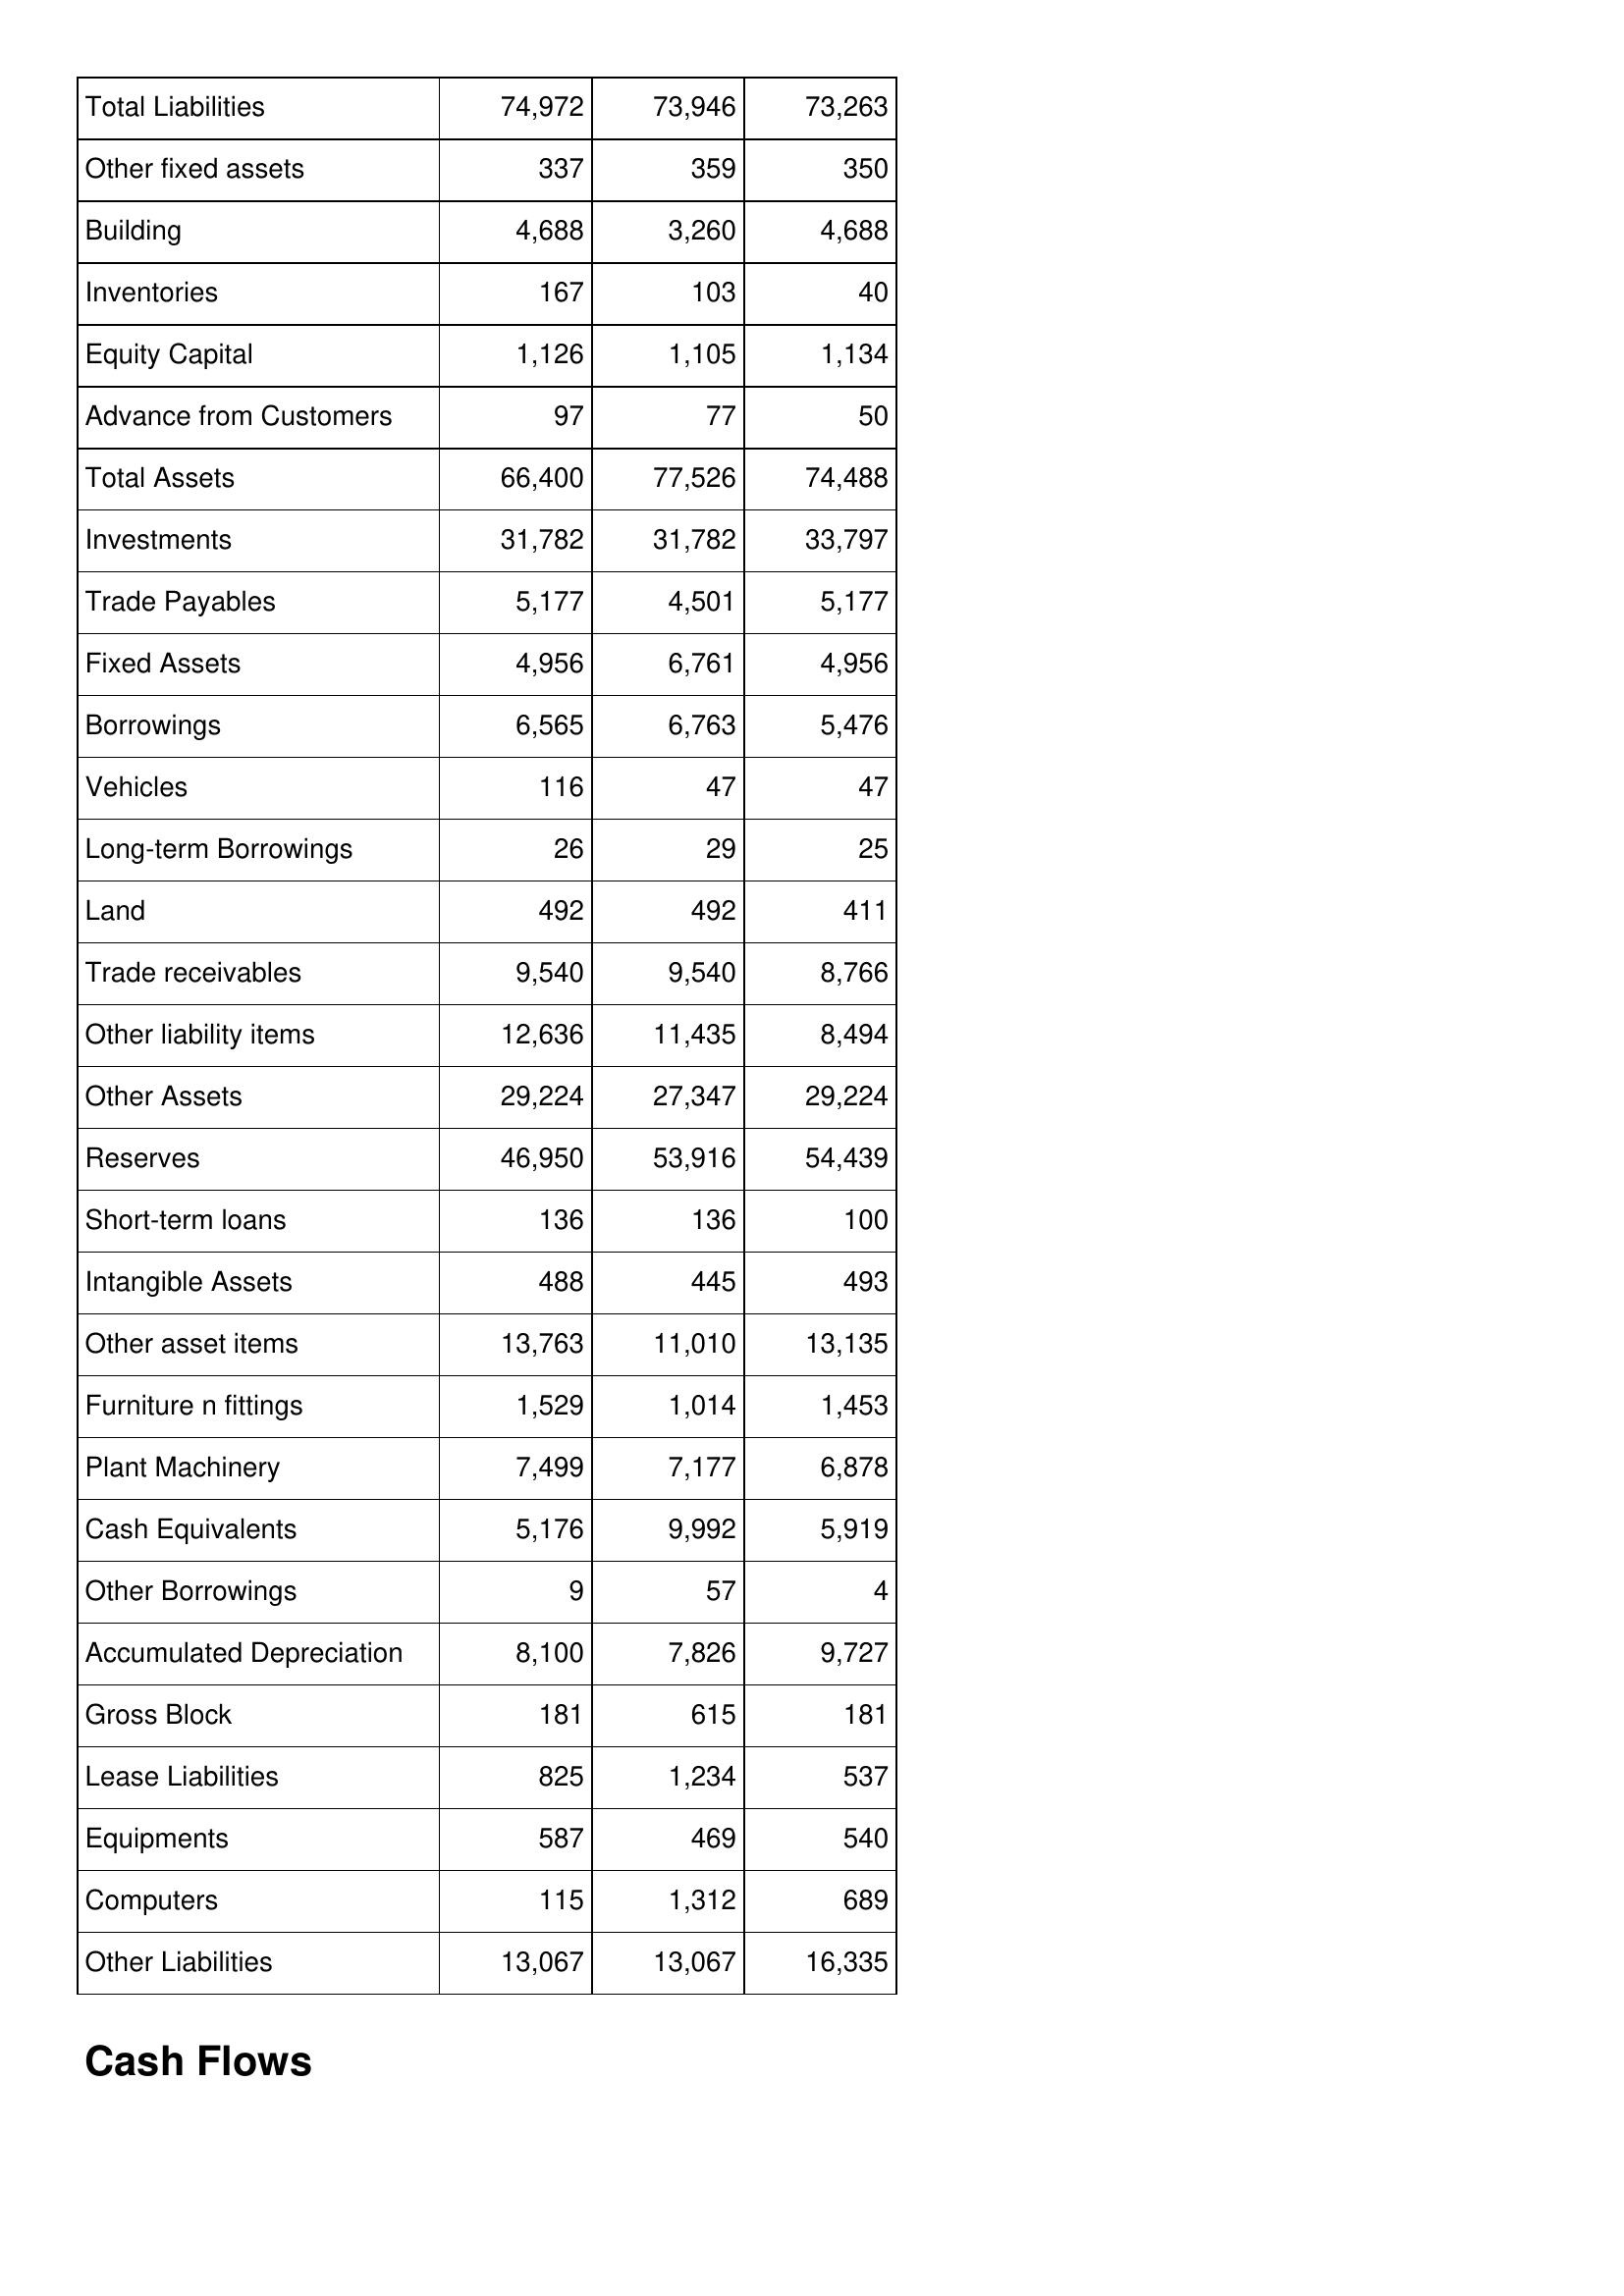
Feb-19: Balance Sheet: Total Liabilities: 74,972
Other fixed assets: 337
Building: 4,688
Inventories: 167
Equity Capital: 1,126
Advance from Customers: 97
Total Assets: 66,400
Investments: 31,782
Trade Payables: 5,177
Fixed Assets: 4,956
Borrowings: 6,565
Vehicles: 116
Long-term Borrowings: 26
Land: 492
Trade receivables: 9,540
Other liability items: 12,636
Other Assets: 29,224
Reserves: 46,950
Short-term loans: 136
Intangible Assets: 488
Other asset items: 13,763
Furniture n fittings: 1,529
Plant Machinery: 7,499
Cash Equivalents: 5,176
Other Borrowings: 9
Accumulated Depreciation: 8,100
Gross Block: 181
Lease Liabilities: 825
Equipments: 587
Computers: 115
Other Liabilities: 13,067
Feb-18: Balance Sheet: Total Liabilities: 73,946
Other fixed assets: 359
Building: 3,260
Inventories: 103
Equity Capital: 1,105
Advance from Customers: 77
Total Assets: 77,526
Investments: 31,782
Trade Payables: 4,501
Fixed Assets: 6,761
Borrowings: 6,763
Vehicles: 47
Long-term Borrowings: 29
Land: 492
Trade receivables: 9,540
Other liability items: 11,435
Other Assets: 27,347
Reserves: 53,916
Short-term loans: 136
Intangible Assets: 445
Other asset items: 11,010
Furniture n fittings: 1,014
Plant Machinery: 7,177
Cash Equivalents: 9,992
Other Borrowings: 57
Accumulated Depreciation: 7,826
Gross Block: 615
Lease Liabilities: 1,234
Equipments: 469
Computers: 1,312
Other Liabilities: 13,067
Feb-17: Balance Sheet: Total Liabilities: 73,263
Other fixed assets: 350
Building: 4,688
Inventories: 40
Equity Capital: 1,134
Advance from Customers: 50
Total Assets: 74,488
Investments: 33,797
Trade Payables: 5,177
Fixed Assets: 4,956
Borrowings: 5,476
Vehicles: 47
Long-term Borrowings: 25
Land: 411
Trade receivables: 8,766
Other liability items: 8,494
Other Assets: 29,224
Reserves: 54,439
Short-term loans: 100
Intangible Assets: 493
Other asset items: 13,135
Furniture n fittings: 1,453
Plant Machinery: 6,878
Cash Equivalents: 5,919
Other Borrowings: 4
Accumulated Depreciation: 9,727
Gross Block: 181
Lease Liabilities: 537
Equipments: 540
Computers: 689
Other Liabilities: 16,335